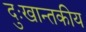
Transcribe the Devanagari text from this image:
दुःखान्तकीय